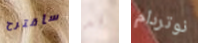
سأقترح قد نوتردام